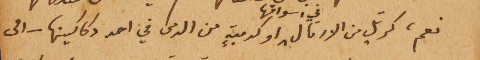
نعم، كرتلٍ من الارتال في أسواقها او كدميةٍ من الدمى في احد دكاكينها – الى